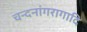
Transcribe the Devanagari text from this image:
चन्दनांगरागादि